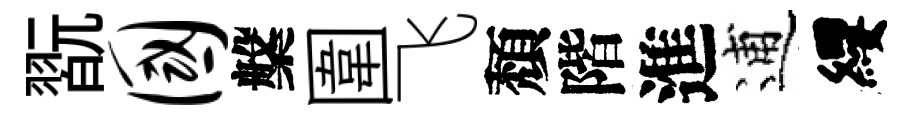
翫国槃圍飞頽階進逋纓